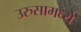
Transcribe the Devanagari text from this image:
उरुसामध्ये